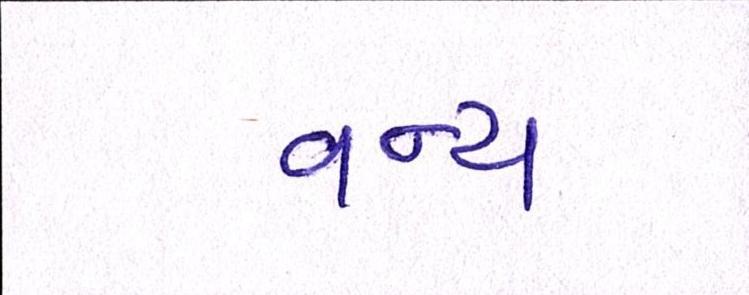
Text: વન્ય